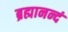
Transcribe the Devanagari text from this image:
ब्रह्मानन्दं